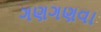
ગણગણવા